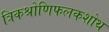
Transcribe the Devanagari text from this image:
त्रिकश्रोणिफलकशोथ